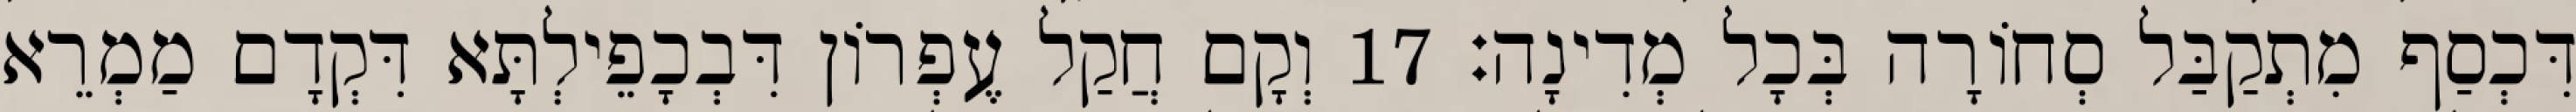
דִּכְסַף מִתְקַבַּל סְחוֹרָה בְּכָל מְדִינָה׃ 17 וְקָם חֲקַל עֶפְרוֹן דִּבְכָפֵילְתָּא דִּקְדָם מַמְרֵא